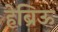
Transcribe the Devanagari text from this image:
हेब्रिऊ